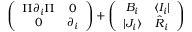
\left( \begin{array} { c c } { { \Pi \partial _ { i } \Pi } } & { { 0 } } \\ { { 0 } } & { { \partial _ { i } } } \end{array} \right) + \left( \begin{array} { c c } { { B _ { i } } } & { { \langle I _ { i } | } } \\ { { | J _ { i } \rangle } } & { { \hat { R } _ { i } } } \end{array} \right)